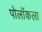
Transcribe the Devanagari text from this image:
पोलॉकला